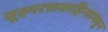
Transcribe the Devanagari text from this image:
सूक्ष्मरक्तवाहिन्यामधून